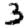
Digit: 3